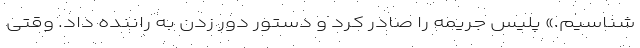
شناسیم.» پلیس جریمه را صادر کرد و دستور دور زدن به راننده داد. وقتی